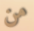
من